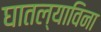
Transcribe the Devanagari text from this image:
घातल्याविना